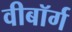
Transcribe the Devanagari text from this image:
वीबॉर्ग